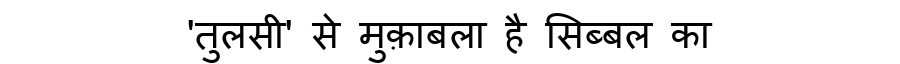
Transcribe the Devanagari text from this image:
'तुलसी' से मुक़ाबला है सिब्बल का